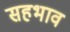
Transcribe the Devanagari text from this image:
सहभाव